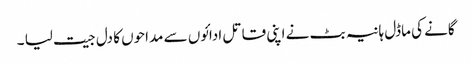
گانے کی ماڈل ہانیہ بٹ نے اپنی قاتل ادائوں سے مداحوں کا دل جیت لیا ۔